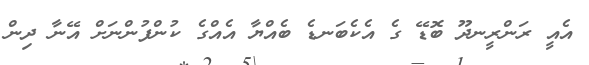
އެެއީ ރަންރީނދޫ ބޮޑޭ ގެ އެކެބަނޑެ ބެއްޔާ އެއްގެ ކުންފުންނަށް އޭނާ ދިން